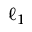
\ell _ { 1 }